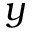
y